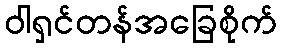
ဝါရှင်တန်အခြေစိုက်